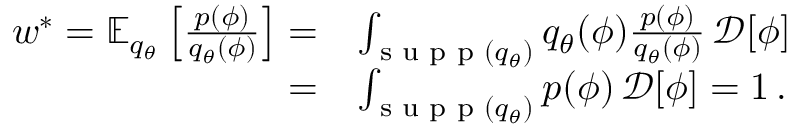
\begin{array} { r l } { w ^ { * } = \mathbb { E } _ { q _ { \theta } } \left[ \frac { p ( \phi ) } { q _ { \theta } ( \phi ) } \right] = } & { \int _ { \textrm { s u p p } ( q _ { \theta } ) } q _ { \theta } ( \phi ) \frac { p ( \phi ) } { q _ { \theta } ( \phi ) } \, \mathcal { D } [ \phi ] } \\ { = } & { \int _ { \textrm { s u p p } ( q _ { \theta } ) } p ( \phi ) \, \mathcal { D } [ \phi ] = 1 \, . } \end{array}